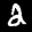
Label: 2